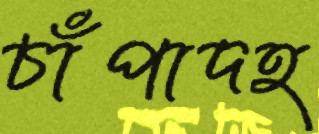
চাঁপাদহ